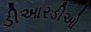
ડીઆરડીઓ